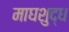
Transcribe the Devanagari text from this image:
माघशुद्ध